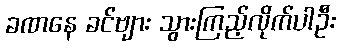
ခဏနေ ခင်ဗျား သွားကြည့်လိုက်ပါဦး